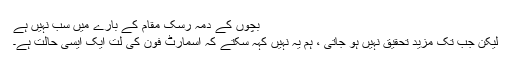
بچوں کے دمہ رسک مقام کے بارے میں سب نہیں ہے
لیکن جب تک مزید تحقیق نہیں ہو جاتی ، ہم یہ نہیں کہہ سکتے کہ اسمارٹ فون کی لت ایک ایسی حالت ہے۔